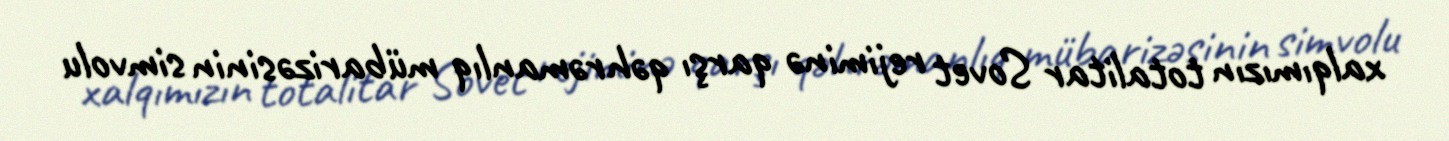
xalqımızın totalitar Sovet rejiminə qarşı qəhrəmanlıq mübarizəsinin simvolu